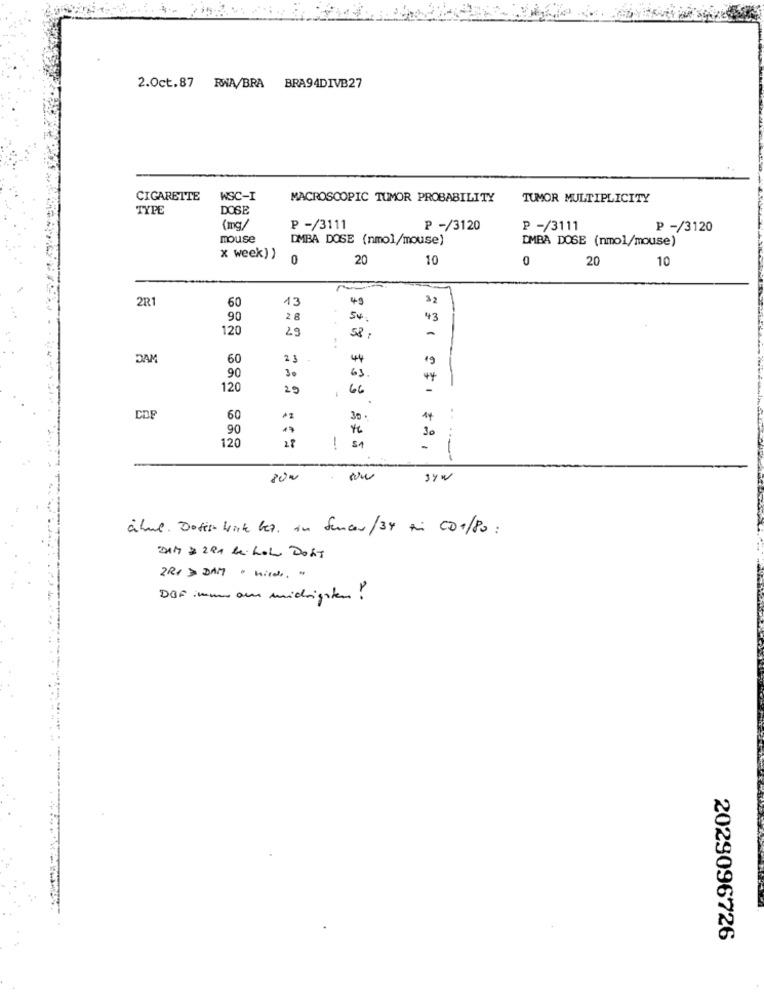
2.Oct.87 RWA/BRA BRA94DIVB27
CIGARETTE
WSC-I
MACROSCOPIC TUMOR PROBABILITY
TUMOR MULTIPLICITY
TYPE
DOSE
(mg/
P -/3111
P -/3120
P -/3111
P -/3120
mouse
DMBA DOSE (nmol/mouse)
DMBA DOSE (nmol/mouse)
x week) )
0
20
10
0
20
10
2R1
60
13
43
32
90
2 8
54
43
120
29
53,
DAM
60
2 3
44
30
63
90
120
29
66
60
14
90
30
....
120
18
!
-
alme. Doses wirk let. in Suncor/34 ti CD+/80 :
DAM 1 2RA bei hoh DORT
2 Rx > DAM " hilde. "
DBF immer am micrigsten !
2029096726